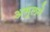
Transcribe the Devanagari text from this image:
अमूलने